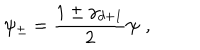
\psi _ { \pm } = \frac { 1 \pm \gamma _ { d + 1 } } { 2 } \psi \, \, ,